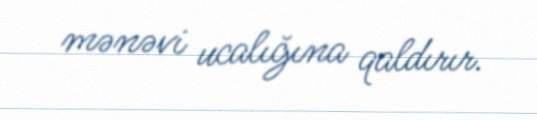
mənəvi ucalığına qaldırır.